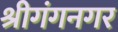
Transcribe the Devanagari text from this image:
श्रीगंगनगर